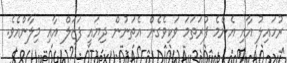
ރުހައިލު އާއި އެންމެ ފުރަތަމަ ވަކިވެގެން އެތަނުން ދިޔައީ ފަޒަލް އާއި މިލާންއެވެ.